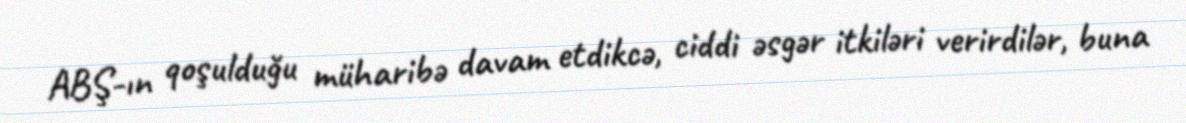
ABŞ-ın qoşulduğu müharibə davam etdikcə, ciddi əsgər itkiləri verirdilər, buna